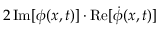
2 \, \mathrm { I m } [ \phi ( x , t ) ] \cdot \mathrm { R e } [ \dot { \phi } ( x , t ) ]